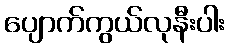
ပျောက်ကွယ်လုနီးပါး